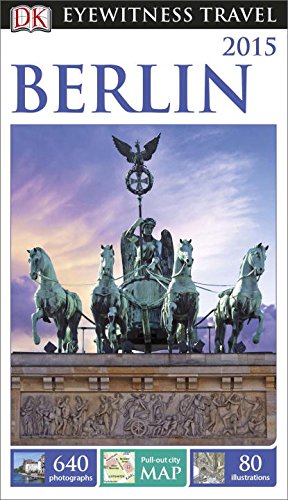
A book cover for DK Eyewitness Travel Guide: Berlin; DK Publishing; Travel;